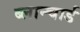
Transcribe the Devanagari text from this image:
ब्लान्चार्ड